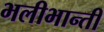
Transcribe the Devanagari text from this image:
भलीभान्ती